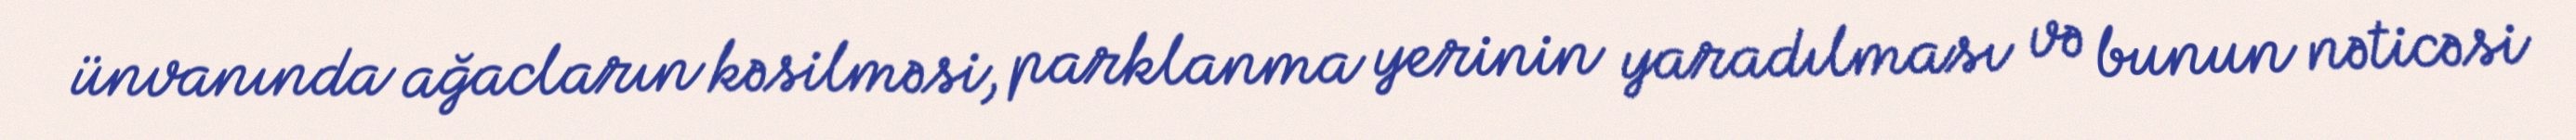
ünvanında ağacların kəsilməsi, parklanma yerinin yaradılması və bunun nəticəsi